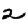
Digit: 2